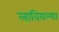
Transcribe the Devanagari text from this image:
लावियल्या